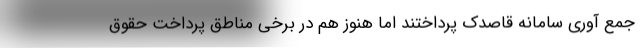
جمع آوری سامانه قاصدک پرداختند اما هنوز هم در برخی مناطق پرداخت حقوق